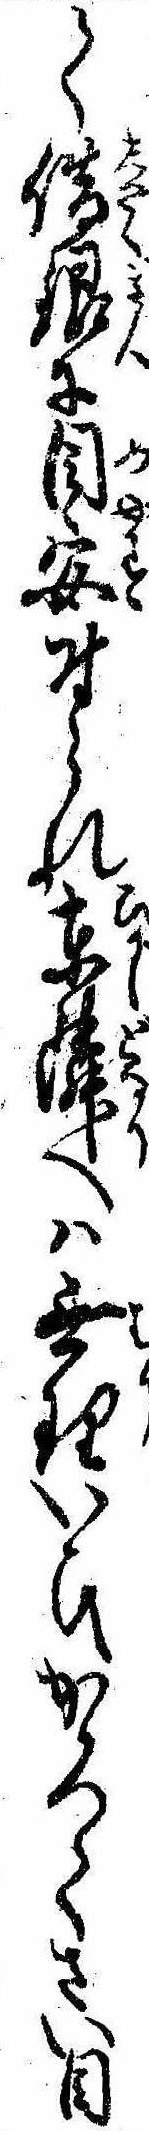
て借銀に目安付られ東隣へは無理いひかゝつてさい目